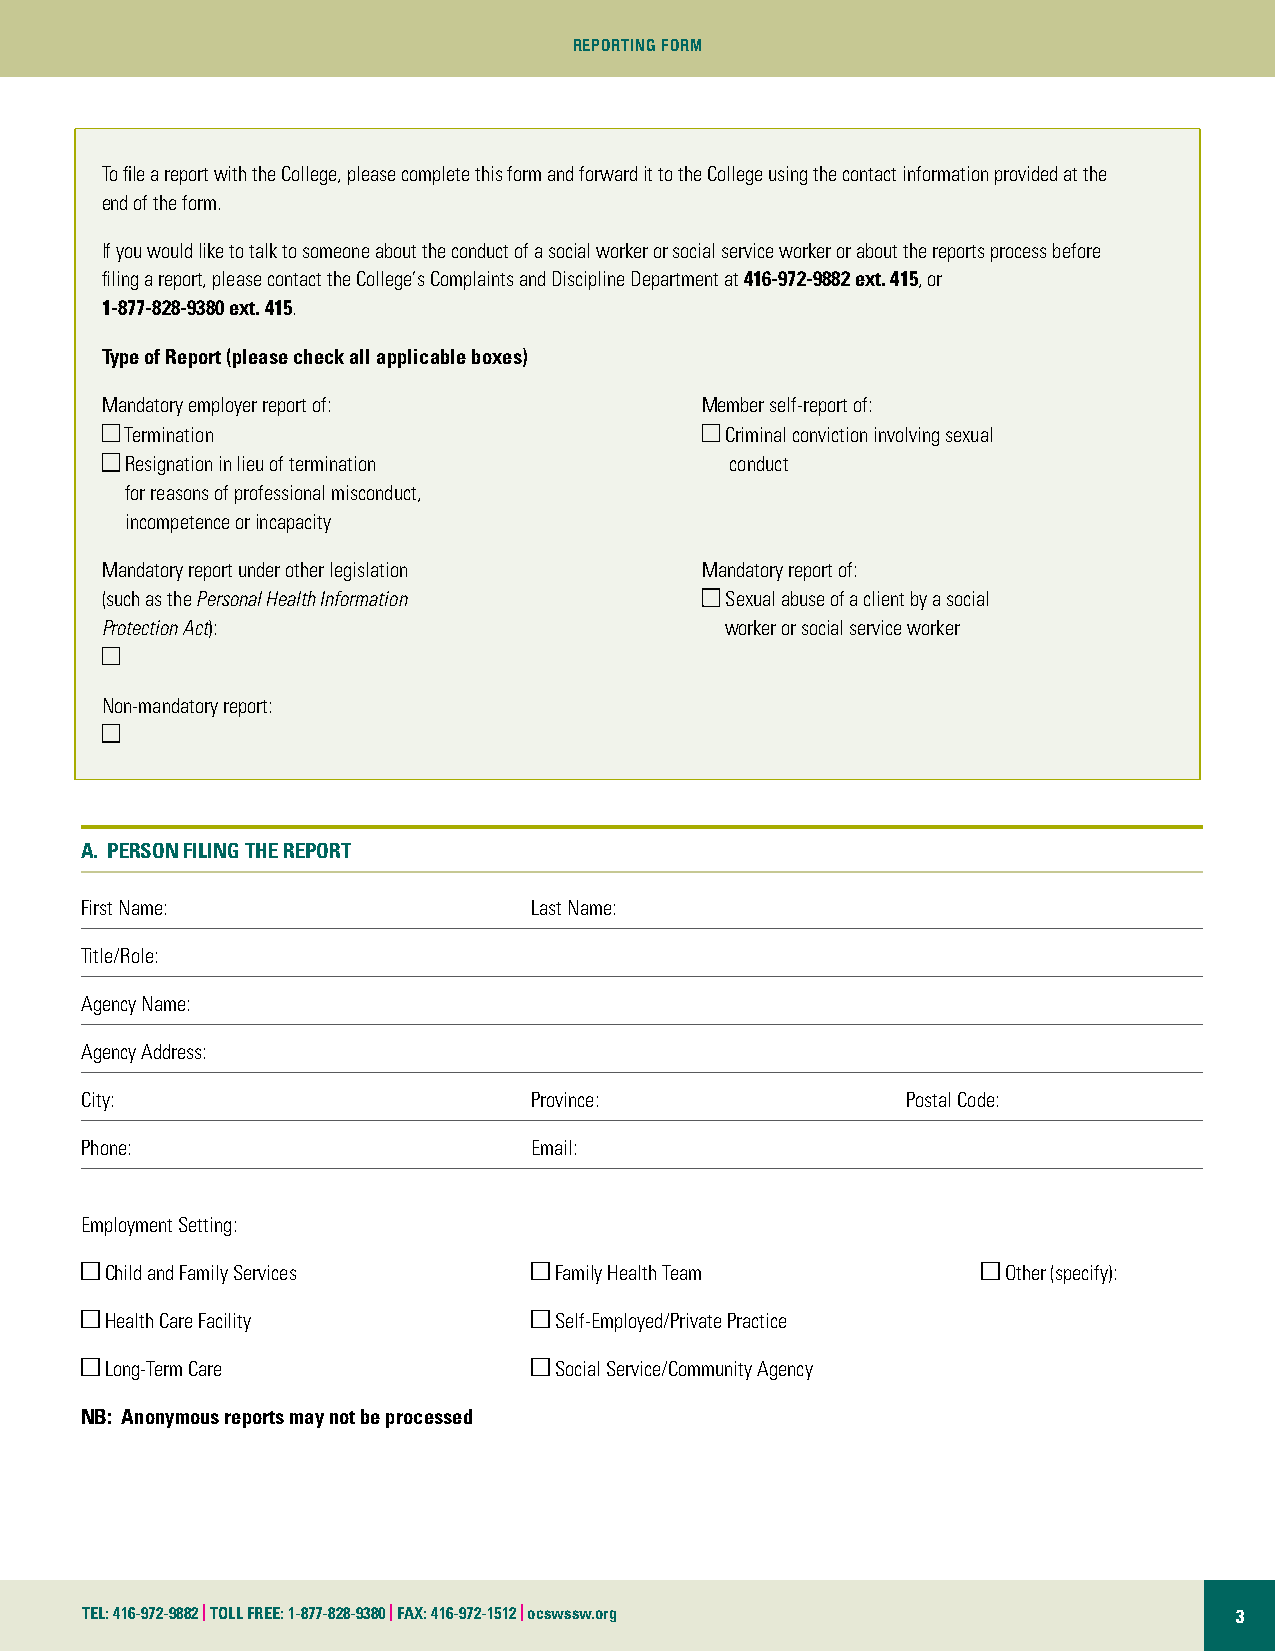
REPORTING FORM
 To file a report with the College, please complete this form and forward it to the College using the contact information provided at the
 end of the form.
 If you would like to talk to someone about the conduct of a social worker or social service worker or about the reports process before
 filing a report, please contact the College’s Complaints and Discipline Department at 416-972-9882 ext. 415, or
 1-877-828-9380 ext. 415.
 Type of Report (please check all applicable boxes)
 Mandatory employer report of:          Member self-report of:
 n Termination                          nCriminal conviction involving sexual
 n Resignation in lieu of termination     conduct
 for reasons of professional misconduct,
 incompetence or incapacity
 Mandatory report under other legislation Mandatory report of:
 (such as the Personal Health Information nSexual abuse of a client by a social
 Protection Act):                         worker or social service worker
 n
 Non-mandatory report:
 n
 A. PERSON FILING THE REPORT
 First Name:                   Last Name:
 Title/Role:
 Agency Name:
 Agency Address:
 City:                         Province:                Postal Code:
 Phone:                        Email:
 Employment Setting:
 nChild and Family Services    nFamily Health Team           nOther (specify):
 nHealth Care Facility         nSelf-Employed/Private Practice
 n Long-Term Care              nSocial Service/Community Agency
 NB: Anonymous reports may not be processed
 TEL: 416-972-9882 | TOLL FREE: 1-877-828-9380 | FAX: 416-972-1512 | ocswssw.org 3